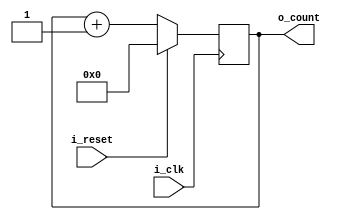
module counter(
    input                  i_clk,
    input                  i_reset,
    output [P_COUNT_W-1:0] o_count
    );
   parameter P_COUNT_W = 16;
   
   reg [P_COUNT_W-1:0] count = 0;
   
   always @(posedge i_clk)
   begin
      if (i_reset) begin
         count <= 0;
      end else begin
         count <= count + 1;
      end
   end

   assign o_count = count;

endmodule